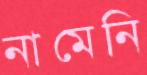
নামেনি